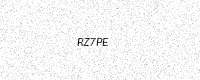
Text: RZ7PE